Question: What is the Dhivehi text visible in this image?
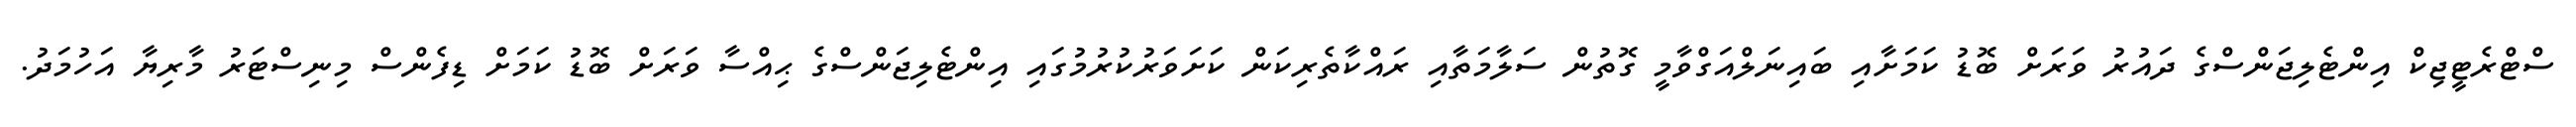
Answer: ސްޓްރެޓީޖިކް އިންޓެލިޖަންސްގެ ދައުރު ވަރަށް ބޮޑު ކަމަށާއި ބައިނަލްއަގްވާމީ ގޮތުން ސަލާމަތާއި ރައްކާތެރިކަން ކަށަވަރުކުރުމުގައި އިންޓެލިޖަންސްގެ ޙިއްސާ ވަރަށް ބޮޑު ކަމަށް ޑިފެންސް މިނިސްޓަރު މާރިޔާ އަހުމަދު.